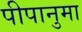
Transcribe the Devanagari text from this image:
पीपानुमा